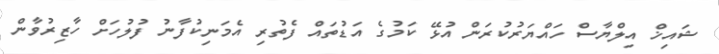
ޝައިޚް އިލްޔާސް ހައްޔަރުކުރަން އުޅޭ ކަމުގެ އަޑުތައް ފެތުރި އެމަނިކުފާނު ފުލުހަށް ހާޒިރުވާން